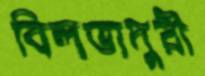
বিলভাদুরী